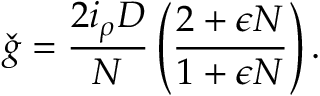
\check { g } = \frac { 2 i _ { \rho } D } { N } \left( \frac { 2 + \epsilon N } { 1 + \epsilon N } \right) .